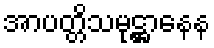
အာပတ္တိသမုဋ္ဌာနေန